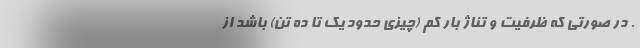
. در صورتی که ظرفیت و تناژ بار کم (چیزی حدود یک تا ده تن) باشد از